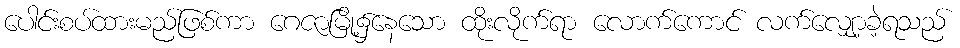
ပေါင်းစပ်ထားမည်ဖြစ်ကာ ဂေဇာမြို့၌နေသော ထိုးလိုက်ရာ လောက်ကောင် လက်လျှော့ခဲ့ရသည်